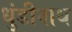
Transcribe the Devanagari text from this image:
धुंडीनाथ